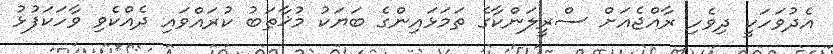
އެދުވަހަކީ ދިވެހި ރާއްޖެއަށް ސްރީލަންކާގެ ތަމަޅައިންގެ ބަޔަކު މުޚާޠަބު ކުރައްވައި ދެއްކެވި ވާހަކަފުޅު